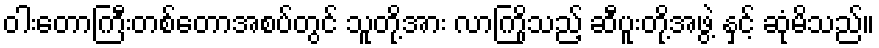
ဝါးတောကြီးတစ်တောအစပ်တွင် သူတို့အား လာကြိုသည့် ဆီပူးတို့အဖွဲ့ နှင့် ဆုံမိသည်။